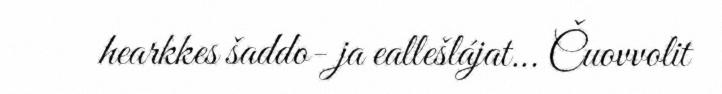
hearkkes šaddo- ja eallešlájat... Čuovvolit